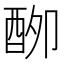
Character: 𮠣